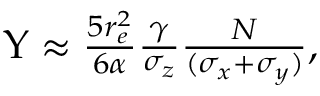
\begin{array} { r } { \Upsilon \approx \frac { 5 r _ { e } ^ { 2 } } { 6 \alpha } \frac { \gamma } { \sigma _ { z } } \frac { N } { ( \sigma _ { x } + \sigma _ { y } ) } , } \end{array}